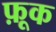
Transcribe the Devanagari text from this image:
फ़ूक